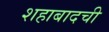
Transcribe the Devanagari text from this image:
शहाबादची